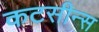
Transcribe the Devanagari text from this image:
कटसीन्स